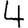
Digit: 4